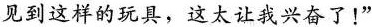
见到这样的玩具，这太让我兴奋了！”